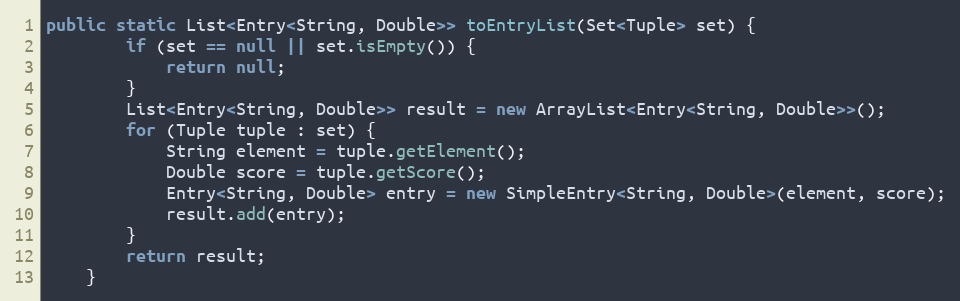
Language: Java
public static List<Entry<String, Double>> toEntryList(Set<Tuple> set) {
		if (set == null || set.isEmpty()) {
			return null;
		}
		List<Entry<String, Double>> result = new ArrayList<Entry<String, Double>>();
		for (Tuple tuple : set) {
			String element = tuple.getElement();
			Double score = tuple.getScore();
			Entry<String, Double> entry = new SimpleEntry<String, Double>(element, score);
			result.add(entry);
		}
		return result;
	}